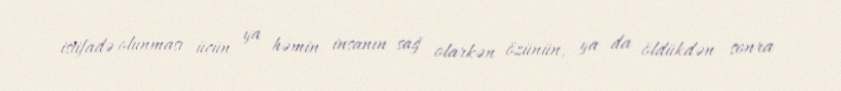
istifadə olunması üçün ya həmin insanın sağ olarkən özünün, ya da öldükdən sonra